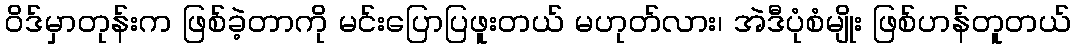
ဝိဒ်မှာတုန်းက ဖြစ်ခဲ့တာကို မင်းပြောပြဖူးတယ် မဟုတ်လား၊ အဲဒီပုံစံမျိုး ဖြစ်ဟန်တူတယ်